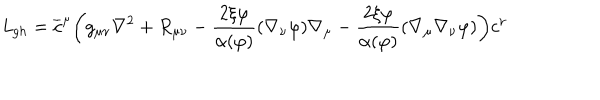
{ \it L } _ { g h } = \overline { { c } } ^ { \mu } \biggl ( g _ { \mu \nu } \nabla ^ { 2 } + R _ { \mu \nu } - \frac { 2 \xi \varphi } { \alpha ( \varphi ) } ( \nabla _ { \nu } \varphi ) \nabla _ { \mu } - \frac { 2 \xi \varphi } { \alpha ( \varphi ) } ( \nabla _ { \mu } \nabla _ { \nu } \varphi ) \biggr ) c ^ { \nu }